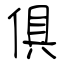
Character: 俱